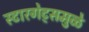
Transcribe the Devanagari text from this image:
स्टारगेट्समुळे